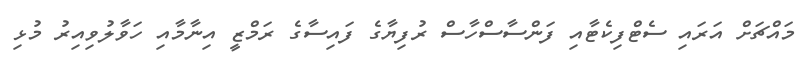
މައްޗަށް އަރައި ސެޓްފިކެޓާއި ފަންސާސްހާސް ރުފިޔާގެ ފައިސާގެ ރަމްޒީ އިނާމާއި ހަވާލުވިއިރު މުޅި